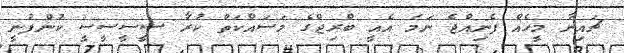
ޗައިނާ މީހެއް ފެނިއްޖެ ނަމަ އެއީ ބްރިޖްގެ މަސައްކަތް ކުރާ ސީސީސީސީ ކުންފުނީ